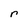
Character: r